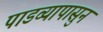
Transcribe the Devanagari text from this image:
पाडव्यापासुन